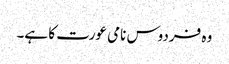
وہ فردوس نامی عورت کا ہے۔